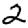
Digit: 2